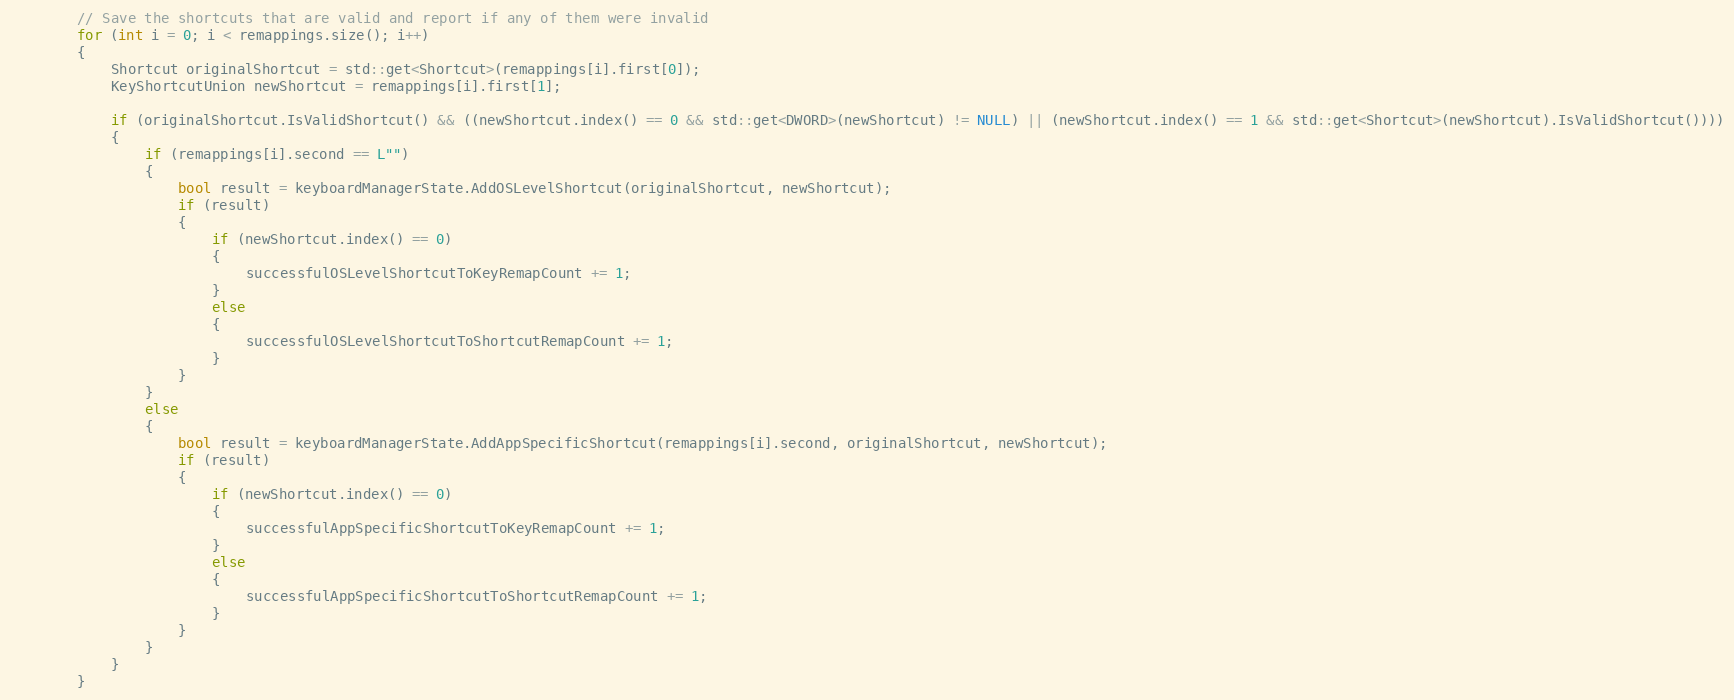
Language: C++
        // Save the shortcuts that are valid and report if any of them were invalid
        for (int i = 0; i < remappings.size(); i++)
        {
            Shortcut originalShortcut = std::get<Shortcut>(remappings[i].first[0]);
            KeyShortcutUnion newShortcut = remappings[i].first[1];

            if (originalShortcut.IsValidShortcut() && ((newShortcut.index() == 0 && std::get<DWORD>(newShortcut) != NULL) || (newShortcut.index() == 1 && std::get<Shortcut>(newShortcut).IsValidShortcut())))
            {
                if (remappings[i].second == L"")
                {
                    bool result = keyboardManagerState.AddOSLevelShortcut(originalShortcut, newShortcut);
                    if (result)
                    {
                        if (newShortcut.index() == 0)
                        {
                            successfulOSLevelShortcutToKeyRemapCount += 1;
                        }
                        else
                        {
                            successfulOSLevelShortcutToShortcutRemapCount += 1;
                        }
                    }
                }
                else
                {
                    bool result = keyboardManagerState.AddAppSpecificShortcut(remappings[i].second, originalShortcut, newShortcut);
                    if (result)
                    {
                        if (newShortcut.index() == 0)
                        {
                            successfulAppSpecificShortcutToKeyRemapCount += 1;
                        }
                        else
                        {
                            successfulAppSpecificShortcutToShortcutRemapCount += 1;
                        }
                    }
                }
            }
        }